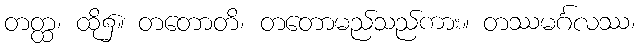
တတ္ထ၊ ထို၌။ တတောတိ၊ တတောမည်သည်ကား။ တဿမင်္ဂလဿ၊